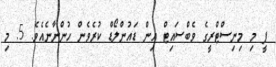
ޕީ މި މިނިސްޓްރީގެ ވެބްސައިޓް އިން ޑައުންލޯޑް ކުރެވެން ހުންނާނެއެވެ. 5. މި